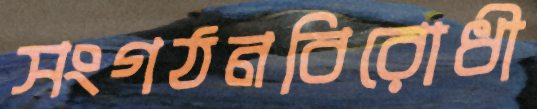
সংগঠনবিরোধী